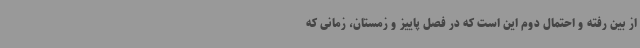
از بین رفته و احتمال دوم این است که در فصل پاییز و زمستان، زمانی که